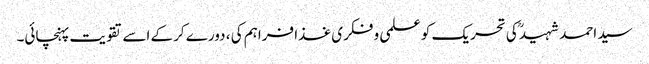
سید احمد شہیدؒ کی تحریک کو علمی و فکری غذا فراہم کی ، دورے کرکے اسے تقویت پہنچائی۔